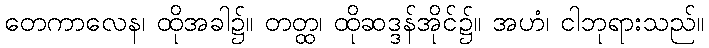
တေကာလေန၊ ထိုအခါ၌။ တတ္ထ၊ ထိုဆဒ္ဒန်အိုင်၌။ အဟံ၊ ငါဘုရားသည်။